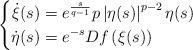
LaTeX: \begin{align*} \left\{ \begin{aligned} \dot{\xi}(s)&=e^\frac{s}{q-1} p\left| \eta(s) \right|^{p-2}\eta(s) \\ \dot{\eta}(s)&=e^{-s}Df\left( \xi(s) \right) \end{aligned} \right.\end{align*}